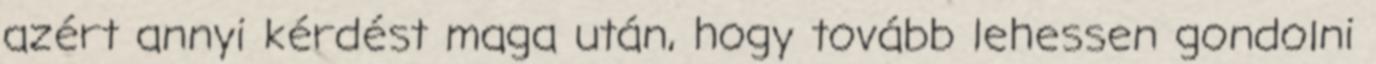
azért annyi kérdést maga után, hogy tovább lehessen gondolni